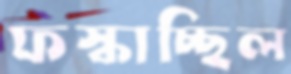
ফস্‌কাচ্ছিল